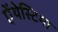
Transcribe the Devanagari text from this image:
ऐंथेस्टिमा